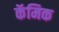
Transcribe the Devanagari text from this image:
कॅमिक